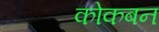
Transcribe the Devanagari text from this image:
कोकबन